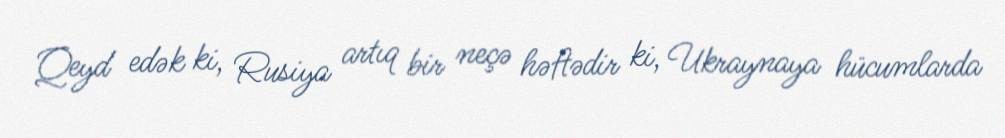
Qeyd edək ki, Rusiya artıq bir neçə həftədir ki, Ukraynaya hücumlarda